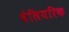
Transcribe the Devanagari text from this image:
बेलियरिक